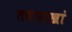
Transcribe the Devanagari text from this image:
तवाराखां